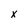
Character: x